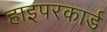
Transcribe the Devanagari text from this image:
हाइपरकार्ड